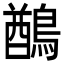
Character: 𪃬